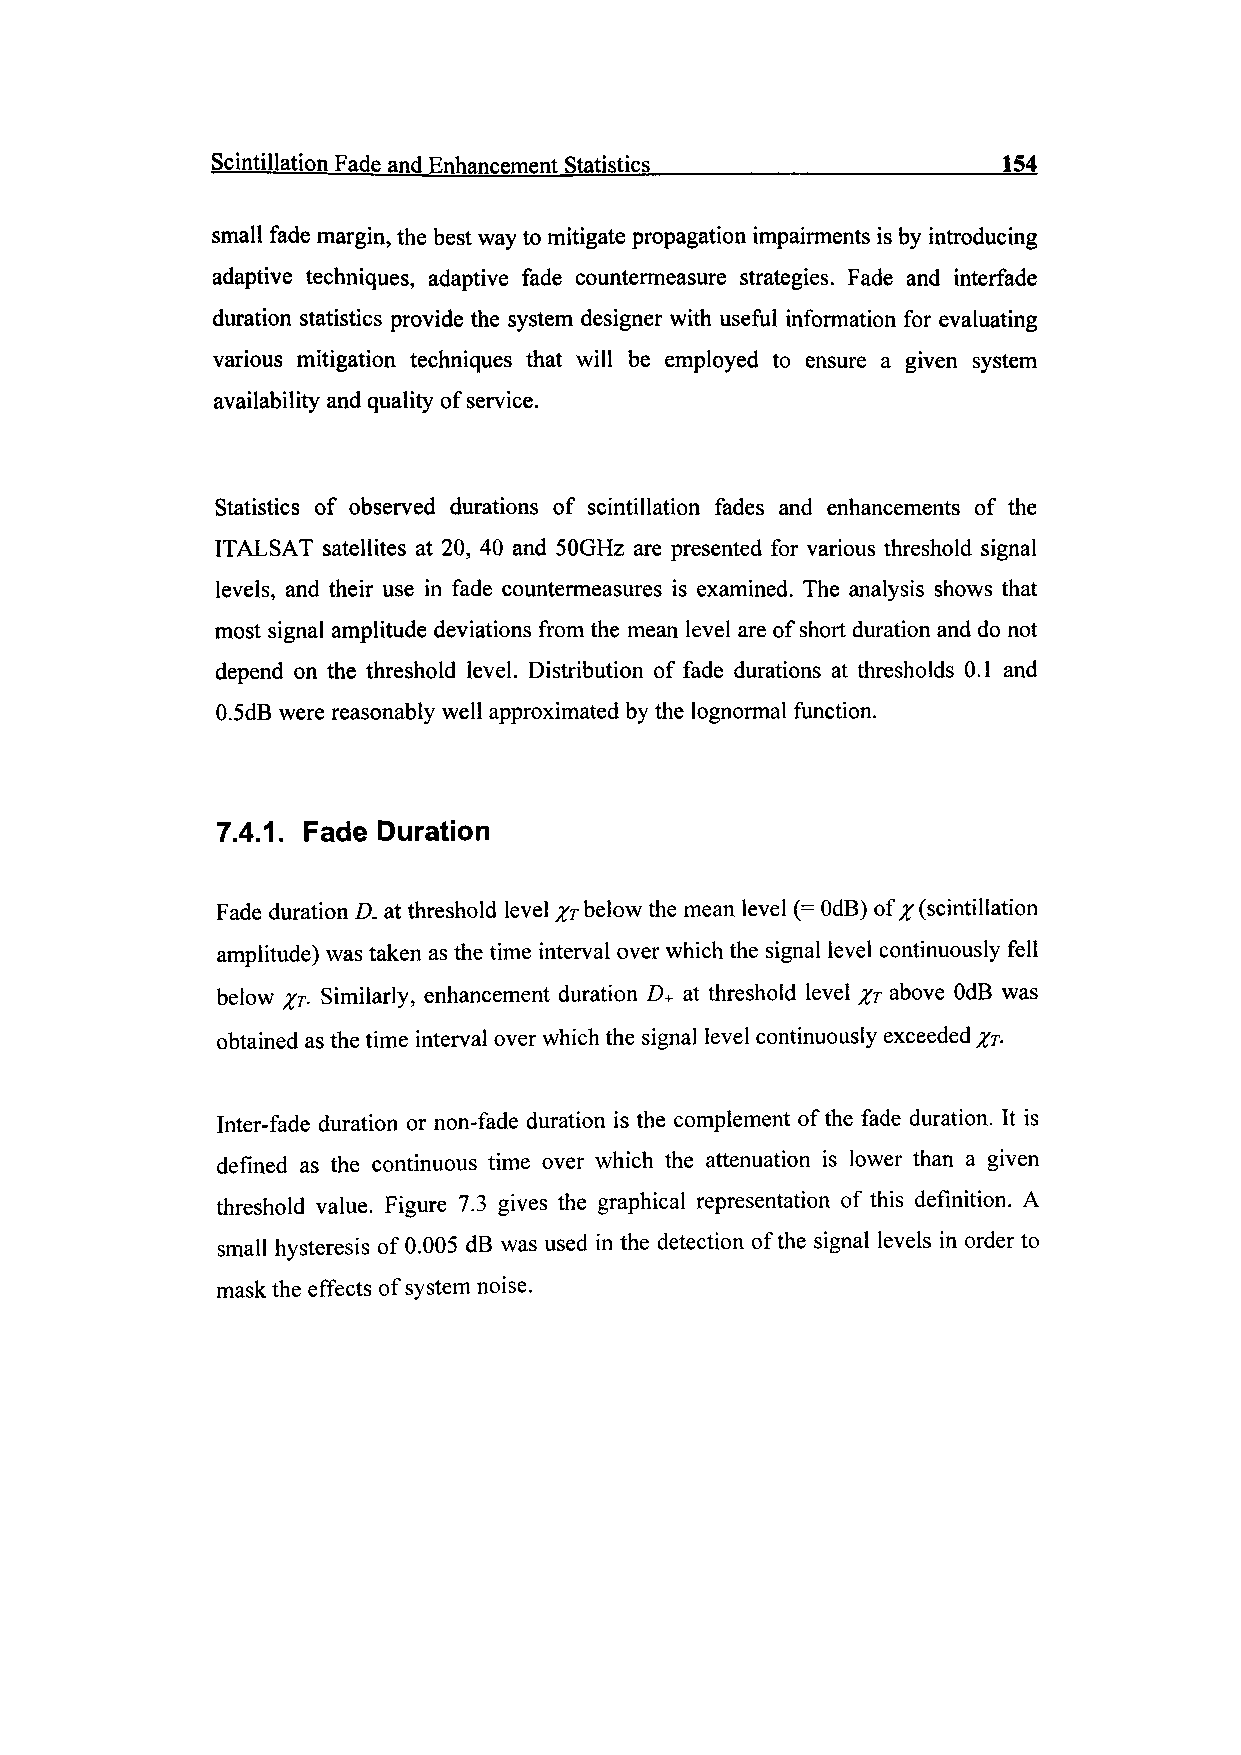
Scintillation Fade and Enhancement Statistics_____________________154
 small fade margin, the best way to mitigate propagation impairments is by introducing
 adaptive techniques, adaptive fade countermeasure strategies. Fade and interfade
 duration statistics provide the system designer with useful information for evaluating
 various mitigation techniques that will be employed to ensure a given system
 availability and quality of service.
 Statistics of observed durations of scintillation fades and enhancements of the
 ITALSAT satellites at 20, 40 and SOGHz are presented for various threshold signal
 levels, and their use in fade countermeasures is examined. The analysis shows that
 most signal amplitude deviations from the mean level are of short duration and do not
 depend on the threshold level. Distribution of fade durations at thresholds 0.1 and
 O.SdB were reasonably well approximated by the lognormal function.
 7.4.1. Fade Duration
 Fade duration D. at threshold level XT below the mean level (= OdB) of % (scintillation
 amplitude) was taken as the time interval over which the signal level continuously fell
 below XT- Similarly, enhancement duration D+ at threshold level XT above OdB was
 obtained as the time interval over which the signal level continuously exceeded pr­
 inter-fade duration or non-fade duration is the complement of the fade duration. It is
 defined as the continuous time over which the attenuation is lower than a given
 threshold value. Figure 7.3 gives the graphical representation of this definition. A
 small hysteresis of 0.005 dB was used in the detection of the signal levels in order to
 mask the effects of system noise.